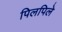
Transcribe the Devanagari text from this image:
पिलपिले